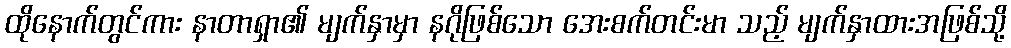
ထိုနောက်တွင်ကား နာတာရှာ၏ မျက်နှာမှာ နဂိုဖြစ်သော အေးစက်တင်းမာ သည့် မျက်နှာထားအဖြစ်သို့